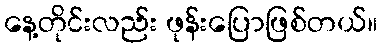
နေ့တိုင်းလည်း ဖုန်းပြောဖြစ်တယ်။